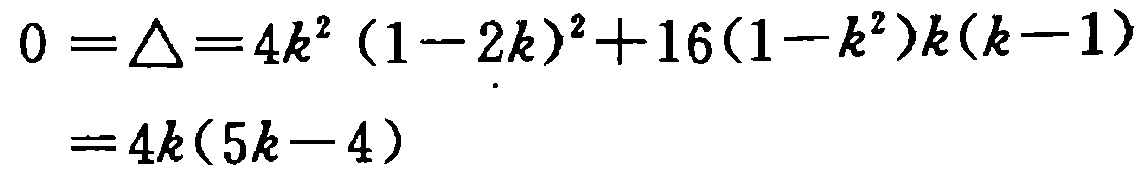
\[

\begin{align*}

0=\triangle&=4k^{2}(1 - 2k)^{2}+16(1 - k^{2})k(k - 1)\\

&=4k(5k - 4)

\end{align*}

\]